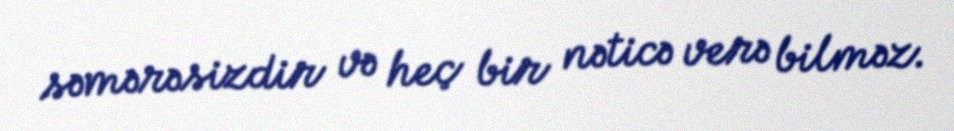
səmərəsizdir və heç bir nəticə verə bilməz.